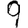
Digit: 9